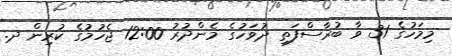
މިމަހުގެ 31 ވާ ބުރާސްފަތި ދުވަހުގެ މެންދުރު 12:00 ޖެހުމުގެ ކުރިން ދ.